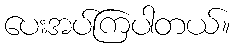
ပေးအပ်ကြပါတယ်။